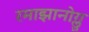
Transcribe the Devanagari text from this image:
रमाझानोग्लु